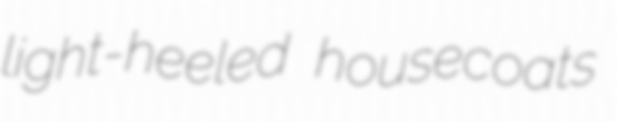
light-heeled housecoats